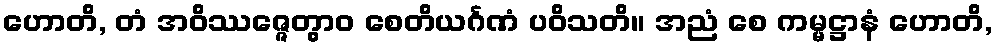
ဟောတိ, တံ အဝိဿဇ္ဇေတွာဝ စေတိယင်္ဂဏံ ပဝိသတိ။ အညံ စေ ကမ္မဋ္ဌာနံ ဟောတိ,